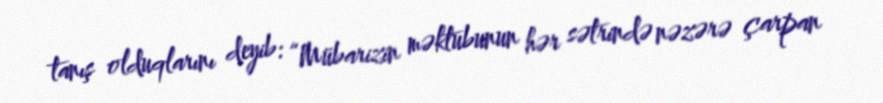
tanış olduqlarını deyib: “Mübarizin məktubunun hər sətrində nəzərə çarpan